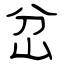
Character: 岔